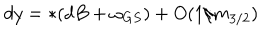
LaTeX: d y = * ( d B + \omega _ { G S } ) + O ( 1 / m _ { 3 / 2 } )